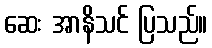
ဆေး အာနိသင် ပြသည်။